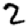
Digit: 2